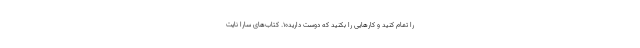
را تمام کنید و کارهایی را بکنید که دوست دارید۱۰. کتاب‌های سارا نایت